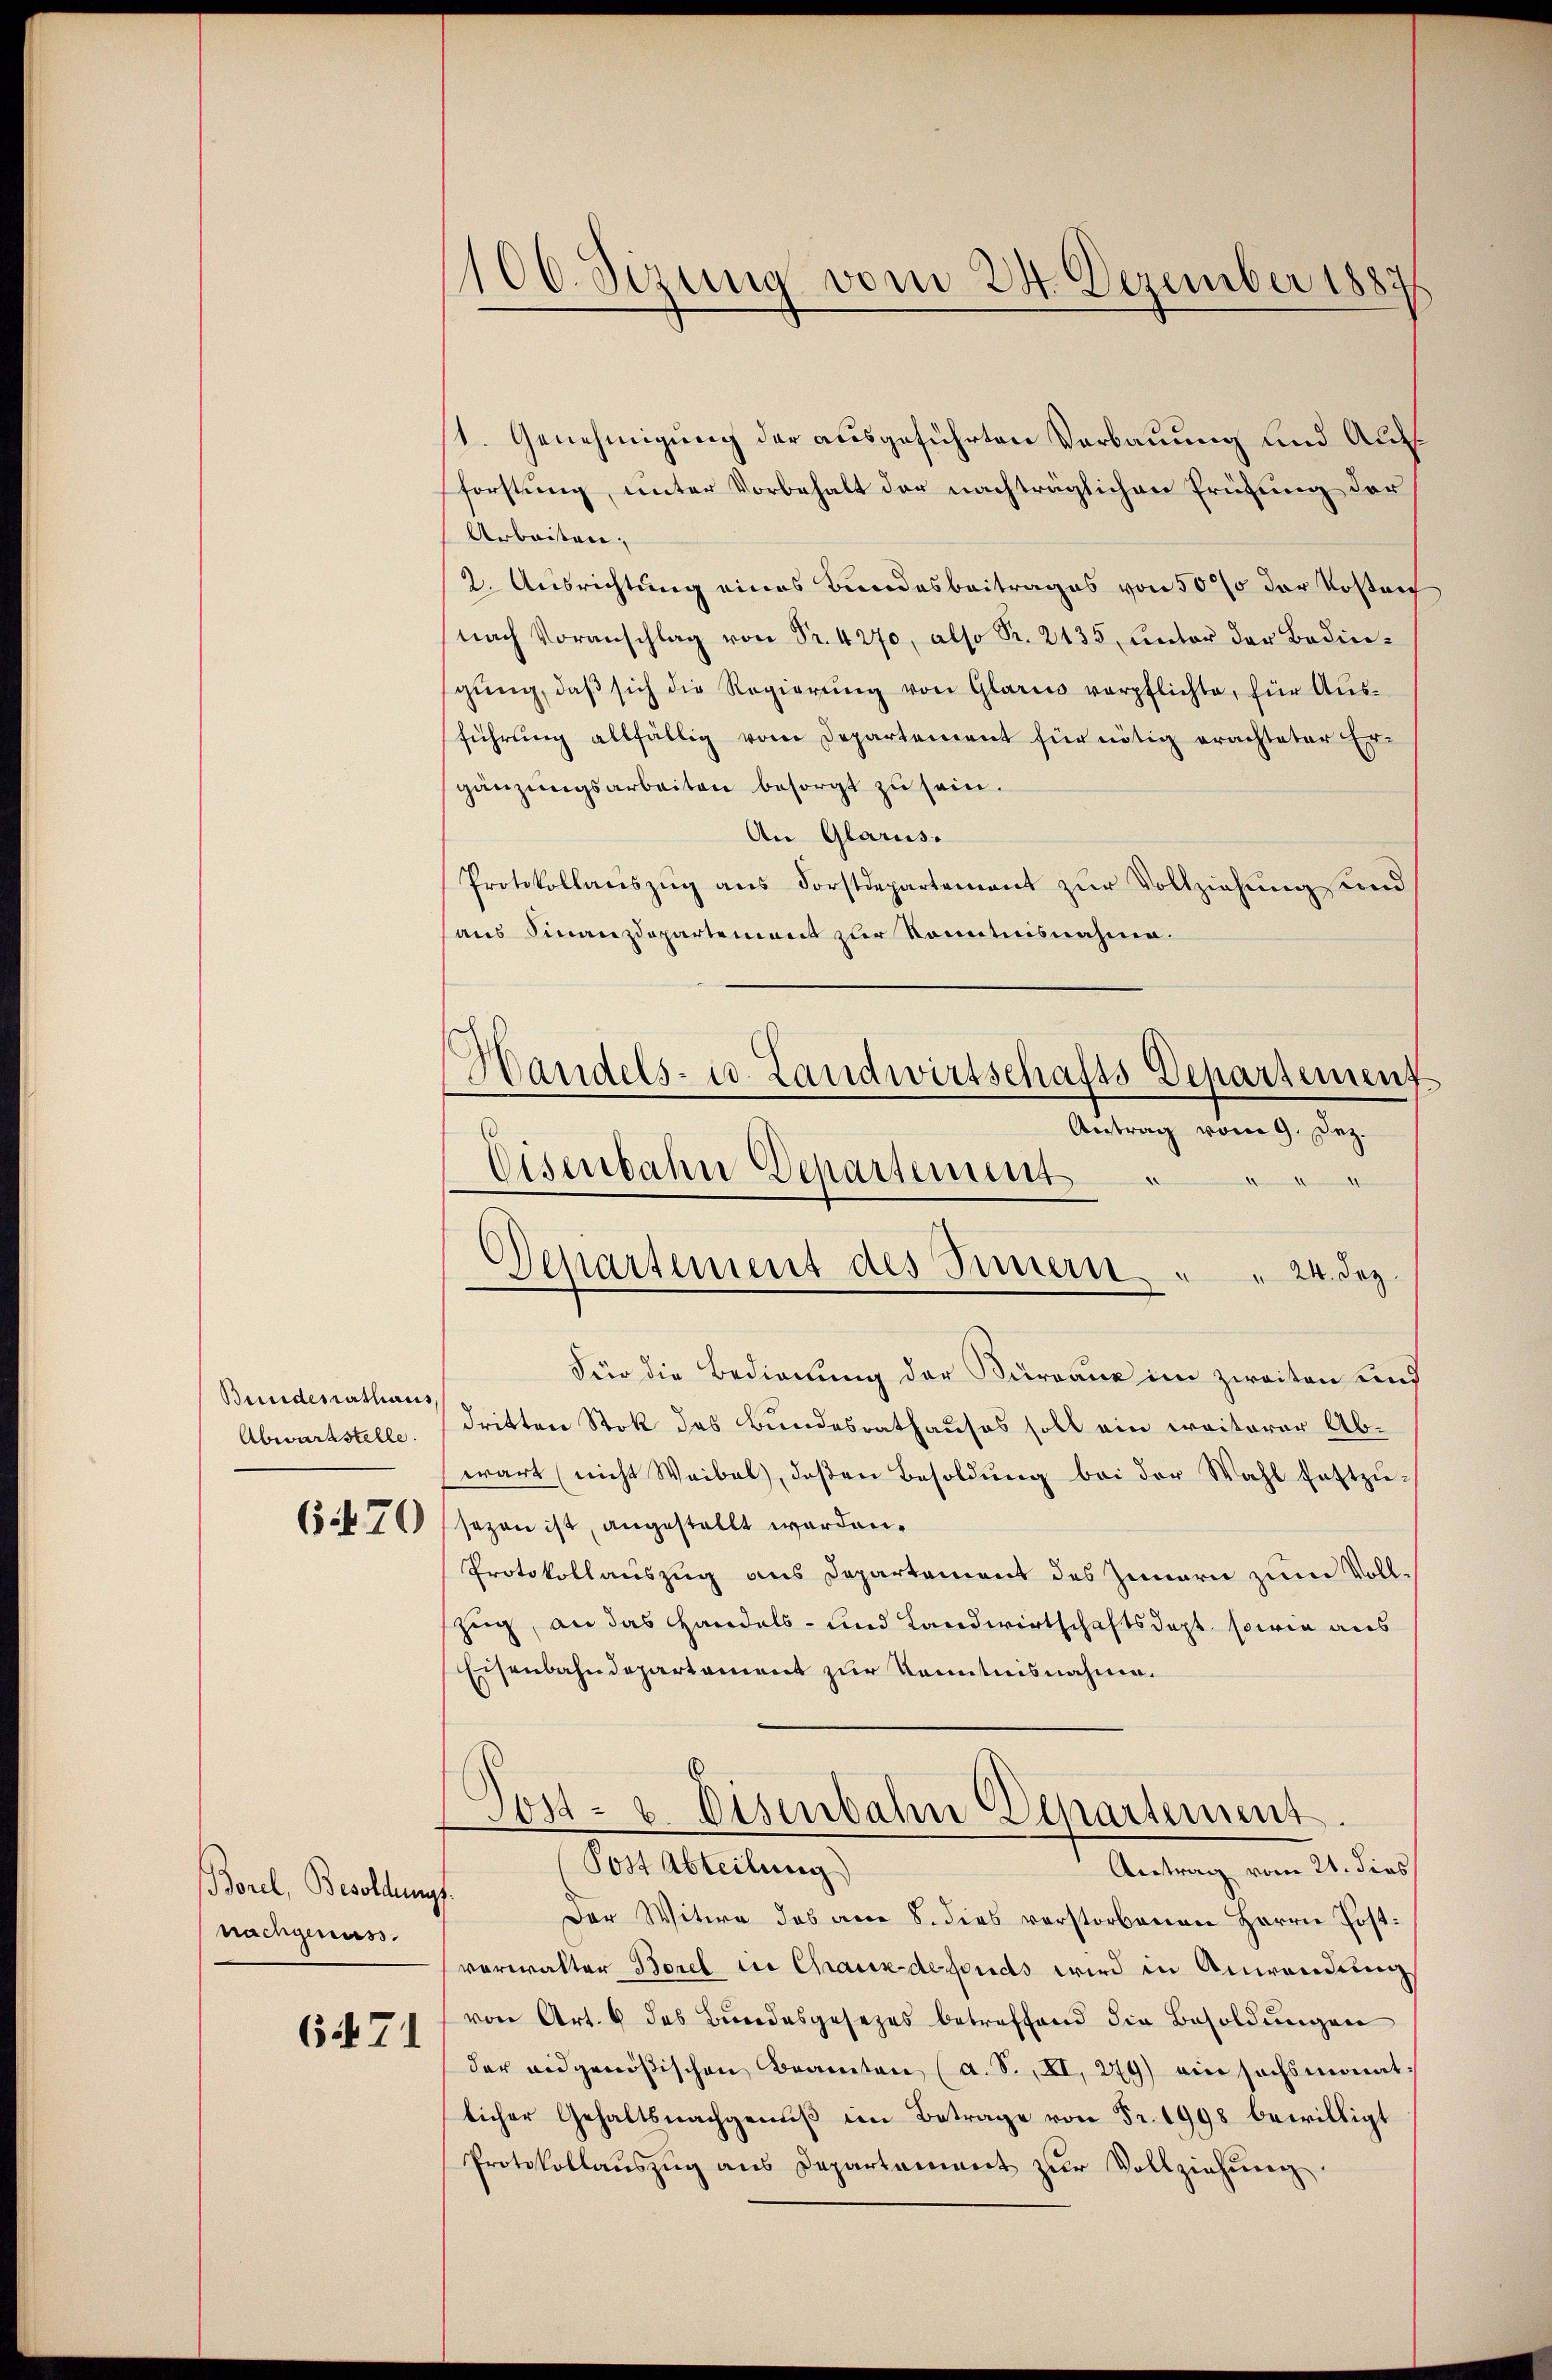
Bundesrathaus
Abwartstelle.
6.470

Borel, Besoldungs
nachgenuss.

671

106. Sizung vom 24. Dezember 1887

1. Genehmigung der ausgeführten Verbauung und Aufforstung, unter Vorbehalt der nachträglichen Prüfung der
Arbeiten;
2. Ausrichtung eines Bundesbeitrages von 50 % der Kosten
nach Voranschlag Fr. 4270, also S. 2135, unter der Bedingŭng, daβ sich die Regierŭng von Glarus verpflichte, für Aŭs-
führung allfällig vom Departement für nötig erachteter Ergänzungsarbeiten besorgt zu sein.
An Glarus.
Protokollauszug aus Forstdepartement zur Vollziehung sind
haus Finanzdepartement zur Kenntnisnahme.
Für die Bedienung der Kurgane im zweiten und
dritten Stok des Bundesrathauses soll ein ereiterer Abwart nicht Weibel, deßen Besoldŭng bei der Wahl festzŭ-
sezen ist, angestellt worden.
Protokollauszug aus Departement des Zunarn zum Vollzug, an das Handels- und Landwirtschaftsdept, sowie aus
Eisenbahndepartament zur Kenntnisnahme.
Tost- & Eisenbahn Departement
Post Abteilung)
Antrag vom 21. dies
Der Witwe des am 8. dies verstorbenen Herrn Post.
vorwalter Borel in Chauxdefonds wird in Anwendung
von Art. 9 des Bundesgesetzes betreffend die Besoldungen
der eidgenößischen Beamten (a. S. XI, 279) ein sechsmonat
licher Gehaltsnachgenuß im Betrage von Fr. 1998 bewilligt
Protokollauszug aus Departament zur Vollziehung

Handels- u. Landwirtschafts-Departement
Antrag vom 9. Dez.
Eisenbahn Departement
Departement des Innern, " " 24. Dez.